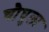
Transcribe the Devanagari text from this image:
चौघुला